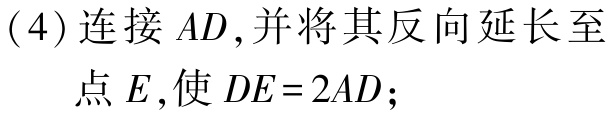
(4) 连接 \(AD\), 并将其反向延长至点 \(E\), 使 \(DE = 2AD\);